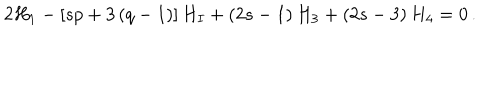
LaTeX: 2 H _ { 1 } - \left[ s p + 3 \left( q - 1 \right) \right] H _ { I } + \left( 2 s - 1 \right) H _ { 3 } + \left( 2 s - 3 \right) H _ { 4 } = 0 \, .